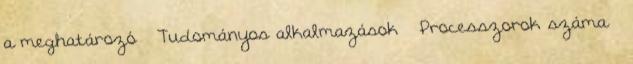
a meghatározó ● Tudományos alkalmazások – Processzorok száma –